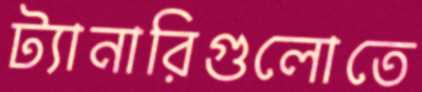
ট্যানারিগুলোতে